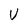
Character: V